Report on the lunatic asylums under the Government of Bombay - 1904-1913
Year: 1904
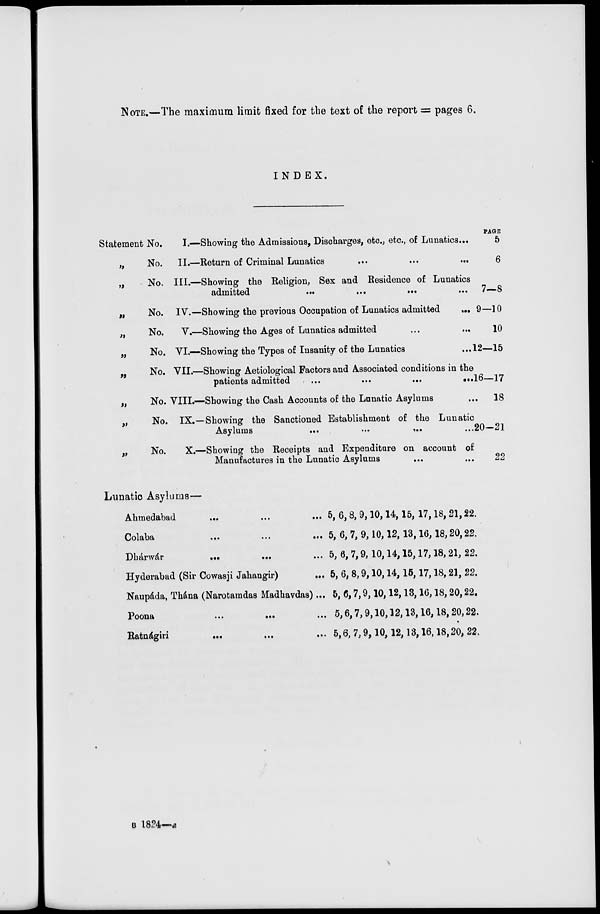
NOTE.—The maximum limit fixed for the text of the report = pages 6.
INDEX.
PAGE
Statement No.
I.—Showing the Admissions, Discharges, etc., etc., of Lunatics...
„
No. II.—Return of Criminal Lunatics
...
...
...
„
No. III.—Showing the Religion, Sex and Residence of Lunatics
admitted
...
...
...
„
No. IV.—Showing the previous Occupation of Lunatics admitted
...
„
No.
V.—Showing the Ages of Lunatics admitted ... ...
„
No. VI.—Showing the Types of Insanity of the Lunatics ...
„
No. VII.—Showing Aetiological Factors and Associated conditions in the
patients admitted
...
...
...
...
„
No. VIII.—Showing the Cash Accounts of the Lunatic Asylums...
„
No. IX.—Showing the Sanctioned Establishment of the Lunatic
Asylums
...
...
... ...
„
No.
X.—Showing the Receipts and Expenditure on account of
Manufactures in the Lunatic Asylums
5
6
7—8
9—10
10
12—15
16—17
.
18
20—21
22
Lunatic Asylums—
Ahmedabad ... ... ...
Colaba
...
...
...
Dhárwár
...
...
...
Hyderabad (Sir Cowasji Jahangir)
...
Naupáda, Thána (Narotamdas Madhavdas) ...
Poona
...
...
...
Ratnágiri
...
...
...
5, 6, 8, 9, 10, 14, 15, 17, 18, 21, 22.
5, 6, 7, 9, 10, 12, 13, 16, 18, 20, 22.
5, 6, 7, 9, 10, 14, 15, 17, 18, 21, 22.
5, 6, 8, 9, 10, 14, 15, 17, 18, 21, 22.
5, 6, 7, 9, 10, 12, 13, 16, 18, 20, 22.
5, 6, 7, 9, 10, 12, 13, 16, 18, 20, 22.
5, 6, 7, 9, 10, 12, 13, 16, 18, 20, 22.
B 1824—a